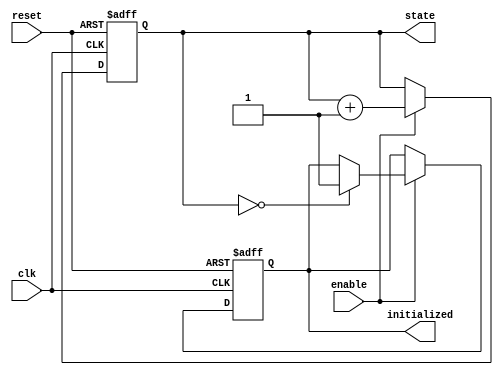
module ClockCycleInitialization (
    input wire clk,          // Clock signal
    input wire reset,        // Reset signal (active high)
    input wire enable,       // Enable signal
    output reg initialized,   // Initialization completed signal
    output reg [3:0] state   // Current state (4-bit for example)
);

    // Define the default state value
    localparam DEFAULT_STATE = 4'b0000;

    // State transition logic
    always @(posedge clk or posedge reset) begin
        if (reset) begin
            // Reset condition: set state to default and initialized to low
            state <= DEFAULT_STATE;
            initialized <= 1'b0;
        end else if (enable) begin
            // Enable condition: update state and check initialization
            if (state == DEFAULT_STATE) begin
                initialized <= 1'b1; // Initialization complete
            end
            
            // Example state transition logic (can be modified as needed)
            // Here we simply increment the state for demonstration
            state <= state + 1'b1; // Increment state (wrap around if needed)
        end
        // If enable is low, hold the current state and initialized signal
    end

endmodule